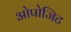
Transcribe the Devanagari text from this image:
ओपोजिट